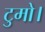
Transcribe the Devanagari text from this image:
टुमो।